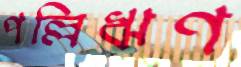
পল্লিঋণ